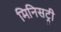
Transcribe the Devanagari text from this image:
मिनिसट्री